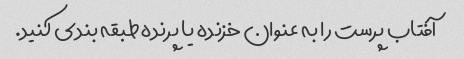
آفتاب پرست را به عنوان خزنده یا پرنده طبقه بندی کنید.